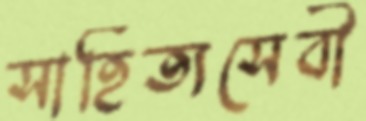
সাহিত্যসেবী